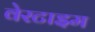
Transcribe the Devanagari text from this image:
वेरटाइम